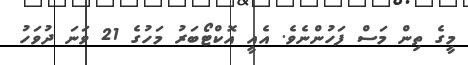
މީގެ ތިން މަސް ފަހުންނެވެ. އެއީ އޮކްޓޯބަރު މަހުގެ 21 ވަނަ ދުވަހު